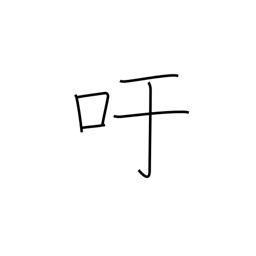
Meaning: exclamation